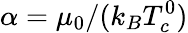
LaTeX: \alpha=\mu_{0}/(k_{B}T_{c}^{0})